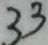
3 3